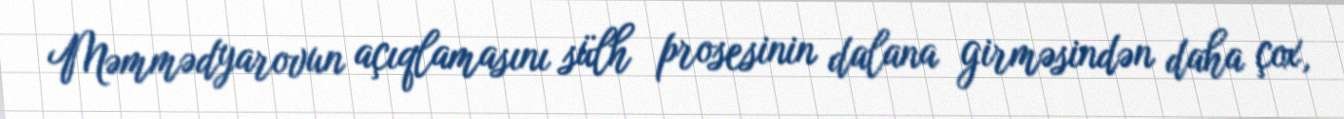
Məmmədyarovun açıqlamasını sülh prosesinin dalana girməsindən daha çox,